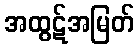
အထွဋ်အမြတ်